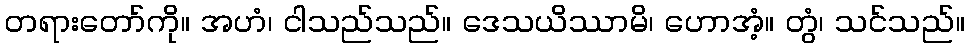
တရားတော်ကို။ အဟံ၊ ငါသည်သည်။ ဒေသယိဿာမိ၊ ဟောအံ့။ တွံ၊ သင်သည်။